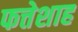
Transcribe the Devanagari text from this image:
फत्तेशाह